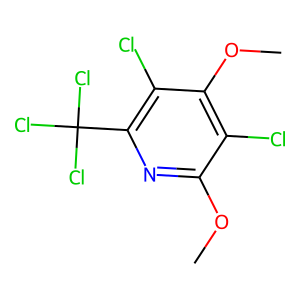
SMILES: COc1nc(C(Cl)(Cl)Cl)c(Cl)c(OC)c1Cl
Inhibits HIV replication: No